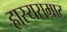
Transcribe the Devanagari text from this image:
हास्यसम्राट